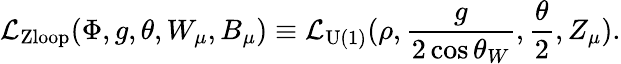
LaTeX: {\cal L}_{\mathrm{Zloop}}(\Phi,g,\theta,W_{\mu},B_{\mu})\equiv{\cal L}_{\mathrm{U(1)}}(\rho,\frac{g}{2\cos\theta_{W}},\frac{\theta}{2},Z_{\mu}).